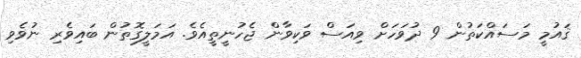
ޤައުމީ މަސައްކަތުން 9 ދުވަހަށް ވިއަސް ވަކިވާން ޖެހުނީތީއެވެ. އަމަލީގޮތުން ބައިވެރި ނުވެވި